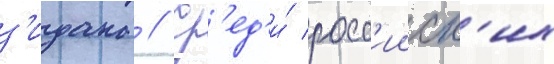
з'идана // Ср'ед'и́ росс'ииск'их